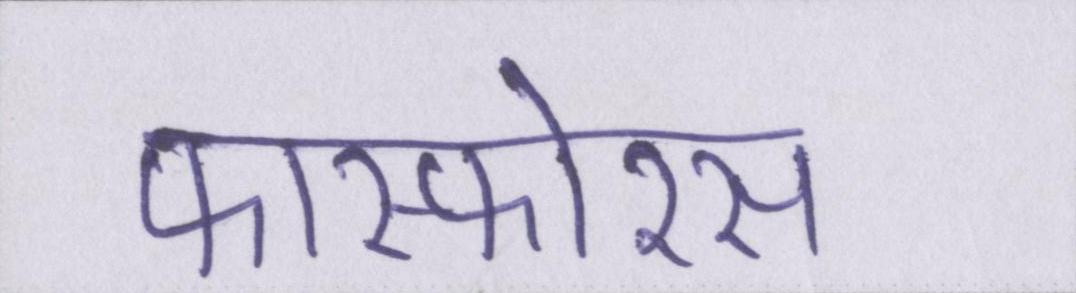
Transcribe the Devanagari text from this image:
फास्फोरस